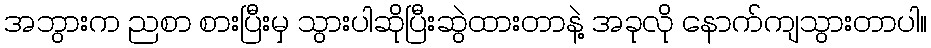
အဘွားက ညစာ စားပြီးမှ သွားပါဆိုပြီးဆွဲထားတာနဲ့ အခုလို နောက်ကျသွားတာပါ။